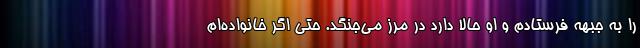
را به جبهه فرستادم و او حالا دارد در مرز می‌جنگد. حتی اگر خانواده‌ام